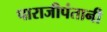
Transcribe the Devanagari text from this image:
पाराजीपंतानी